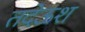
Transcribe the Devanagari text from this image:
तदेऊश